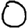
Digit: 0